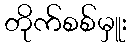
တိုက်စစ်မှူး